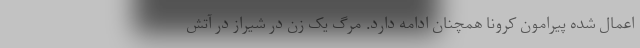
اعمال شده پیرامون کرونا همچنان ادامه دارد. مرگ یک زن در شیراز در آتش